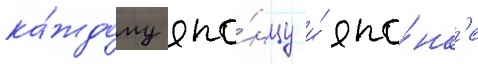
ка́ждому япо́нцу и́ япо́нк'е